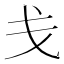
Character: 戋